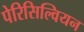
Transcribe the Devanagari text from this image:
पेरिसिल्वियन